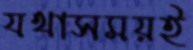
যথাসময়ই